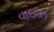
વાઇઝ